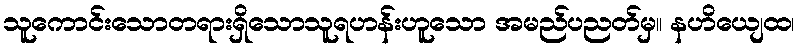
သူကောင်းသောတရားရှိသောသူရဟန်းဟူသော အမည်ပညတ်မှ။ နဟိယျေထ၊